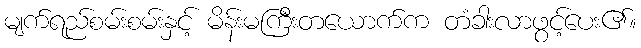
မျက်ရည်စမ်းစမ်းနှင့် မိန်းမကြီးတယောက်က တံခါးလာဖွင့်ပေး၏။